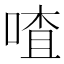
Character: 喳